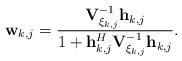
LaTeX: \begin{align*}\mathbf{w}_{k,j} = \frac{\mathbf{V}_{\xi_{k,j}} ^{-1} \mathbf{h}_{k,j}}{1 + \mathbf{h}_{k,j}^H \mathbf{V}_{\xi_{k,j}} ^{-1} \mathbf{h}_{k,j}}.\end{align*}